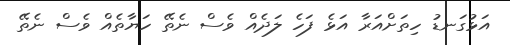
އަޅުގަނޑު ހިތަށްއަރާ އަޅެ ފަހެ ލަދެއް ވެސް ނެތޭ ހަޔާތެއް ވެސް ނެތޭ